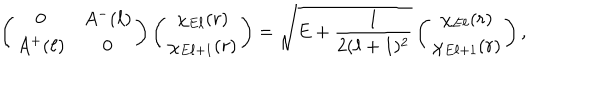
\left( \begin{array} { c c } { { 0 } } & { { A ^ { - } ( \ell ) } } \\ { { A ^ { + } ( \ell ) } } & { { 0 } } \\ \end{array} \right) \left( \begin{array} { c } { { \chi _ { E \ell } ( r ) } } \\ { { \chi _ { E \ell + 1 } ( r ) } } \\ \end{array} \right) = \sqrt { E + \frac { 1 } { 2 ( \ell + 1 ) ^ { 2 } } } \left( \begin{array} { c } { { \chi _ { E \ell } ( r ) } } \\ { { \chi _ { E \ell + 1 } ( r ) } } \\ \end{array} \right) ,